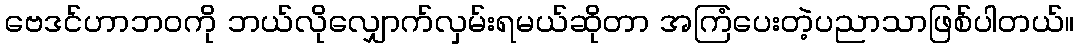
ဗေဒင်ဟာဘဝကို ဘယ်လိုလျှောက်လှမ်းရမယ်ဆိုတာ အကြံပေးတဲ့ပညာသာဖြစ်ပါတယ်။